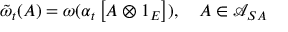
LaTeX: \tilde { \omega } _ { t } ( A ) = \omega ( \alpha _ { t } \left[ A \otimes 1 _ { E } \right] ) , \quad A \in \mathcal { A } _ { S A }